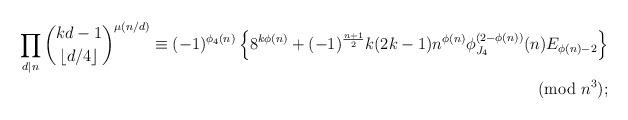
LaTeX: \begin{align*}\prod_{d\mid n}\binom{kd-1}{\lfloor d/4\rfloor}^{\mu(n/d)}\equiv (-1)^{\phi_4(n)}\left\{8^{k\phi(n)}+(-1)^{\frac{n+1}{2}}k(2k-1)n^{\phi(n)}\phi_{J_{4}}^{(2-\phi(n))}(n)E_{\phi(n)-2}\right\} \\\pmod{n^3};\end{align*}